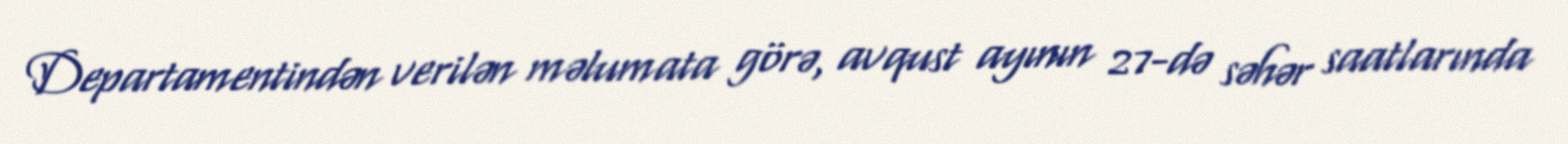
Departamentindən verilən məlumata görə, avqust ayının 27-də səhər saatlarında